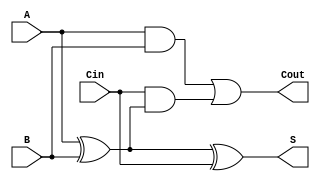
module full_adder (
    input wire A,      // First binary input
    input wire B,      // Second binary input
    input wire Cin,    // Carry-in input
    output reg S,      // Sum output
    output reg Cout    // Carry-out output
);

// Always block to describe the combinational logic
always @(*) begin
    // Calculate the sum (S)
    S = A ^ B ^ Cin; // S = A XOR B XOR Cin
    
    // Calculate the carry-out (Cout)
    Cout = (A & B) | (Cin & (A ^ B)); // Cout = (A AND B) OR (Cin AND (A XOR B))
end

endmodule